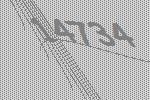
14734